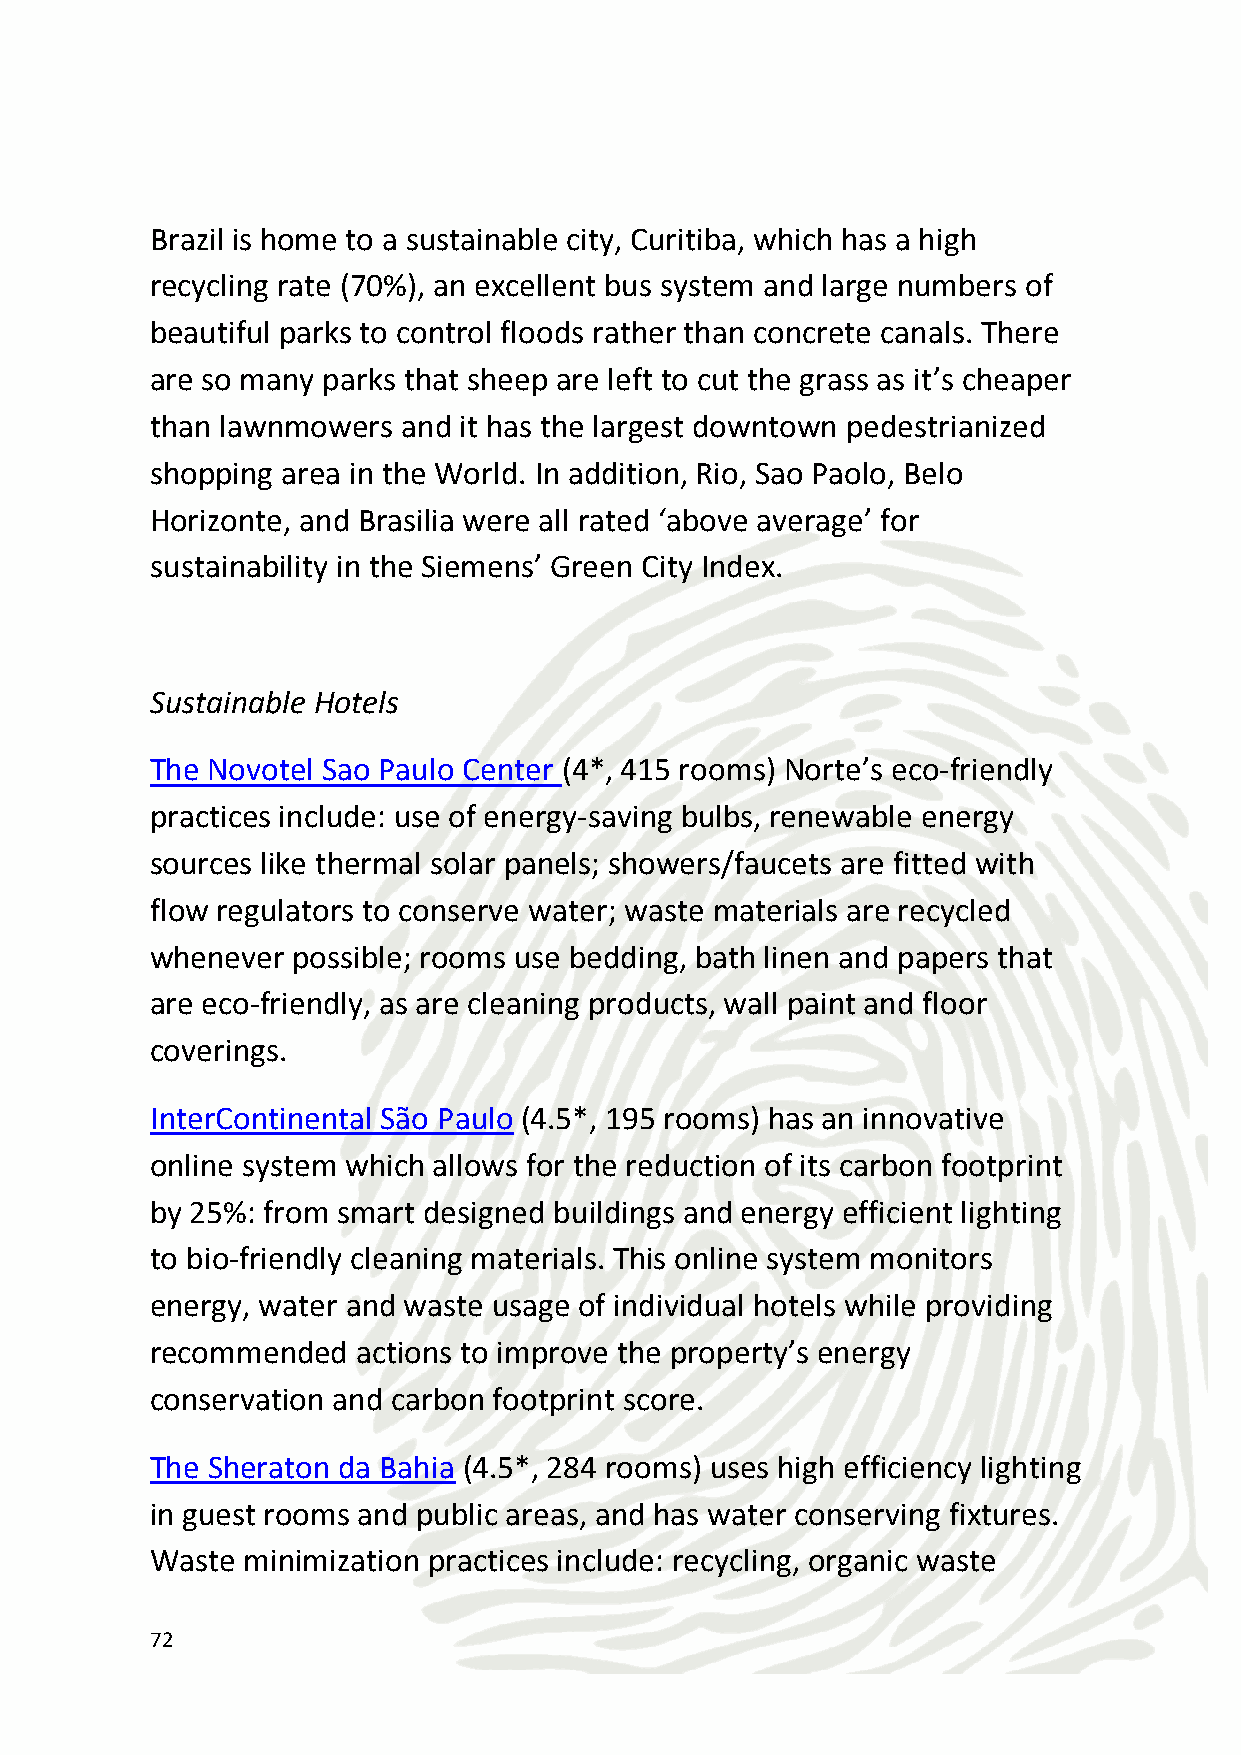
composting, elimination of Styrofoam packaging and using
 environmentally preferred suppliers and products.
 Cristalino Jungle Lodge (3*, 20 rooms) in the Southern Amazon
 recycles extensively and uses solar energy to heat, and effectively
 treat both grey and black water effluent.
 Score: 15/20
 Sustainable Dining
 The Novotel São Paulo Center Norte Hotel promotes balanced dishes
 in its restaurants, buys local food products and protects local
 ecosystems by banning endangered seafood. While the
 InterContinental Sao Paulo Hotel sources environmentally
 responsible services and products locally, and purchases organic,
 environment-friendly and recycled supplies, whenever possible.
 Lastly, Holiday Inn Manaus consider green catering options by
 reducing use of disposable wares, purchasing sustainable food
 (organic, local, fair trade) and menu planning to reduce waste. If
 disposable materials are used, preference is given to those with high
 recycled content and/or other environmentally preferable
 characteristics (non-toxic inks, biodegradable/compostable, made
 from rapidly renewable materials, certified sustainably harvested,
 produced with alternative energy)
 Score: 13/20
 Green meeting facilities
 The Sheraton Rio Hotel & Resort (4.5*, 539 rooms) along with the
 Sheraton Sao Paolo, incorporates sustainable food options into the
 73